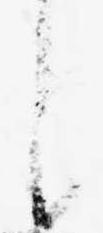
し